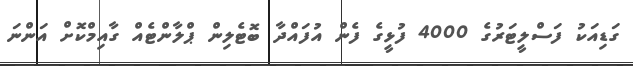
ގަޑިއަކު ފަސްލީޓަރުގެ 4000 ފުޅީގެ ފެން އުފައްދާ ބޮޓެލިން ޕްލާންޓެއް ގާއިމްކޮށް އަންނަ